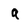
Character: q